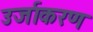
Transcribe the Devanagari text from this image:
उर्जाकरण